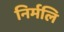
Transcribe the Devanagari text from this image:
निर्मलि